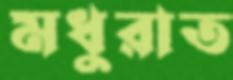
মধুরাত